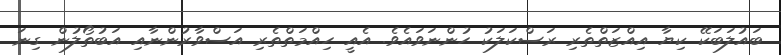
ބައުލަބަކޭ ކިޔާ އިއްޒަތްތެރި ރަސްކަލަކު ހުންނަވައެވެ. އެއީ ހިއްމަތްތެރި އަސްވާރުންނާއި އަބުތޯލުން ގިނަ